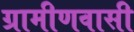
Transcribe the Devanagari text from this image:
ग्रामीणवासी